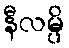
နီလမ္ပိ